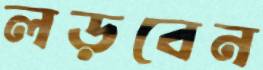
লড়বেন